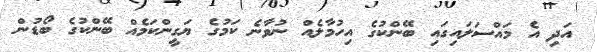
އަދި އެ މައްސަލައިގައި ބޭންކުގެ އިހުމާލެއް ނުވާނެ ކަމުގެ ޔަގީންކަމެއް ބޭންކުގެ ބޯޑުން